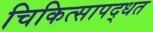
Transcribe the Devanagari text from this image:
चिकित्सापद्धत